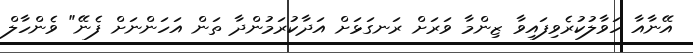
އޭނާއާ ހަވާލުކުރެވިފައިވާ ޒިންމާ ވަރަށް ރަނގަޅަށް އަދާކުރަމުންދާ ތަން އަހަންނަށް ފެނޭ" ވެންހާލް